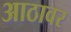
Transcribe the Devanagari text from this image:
आठावर